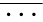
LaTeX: \overline{{\, \cdots\, }}